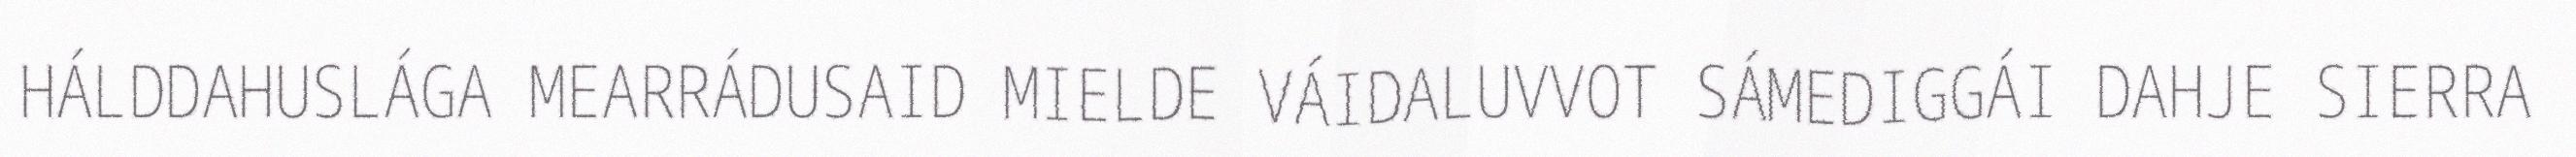
HÁLDDAHUSLÁGA MEARRÁDUSAID MIELDE VÁIDALUVVOT SÁMEDIGGÁI DAHJE SIERRA